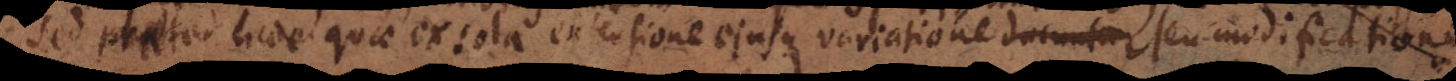
sed praeter haec quae ex sola extensione ejusque variatione ducuntur seu modification